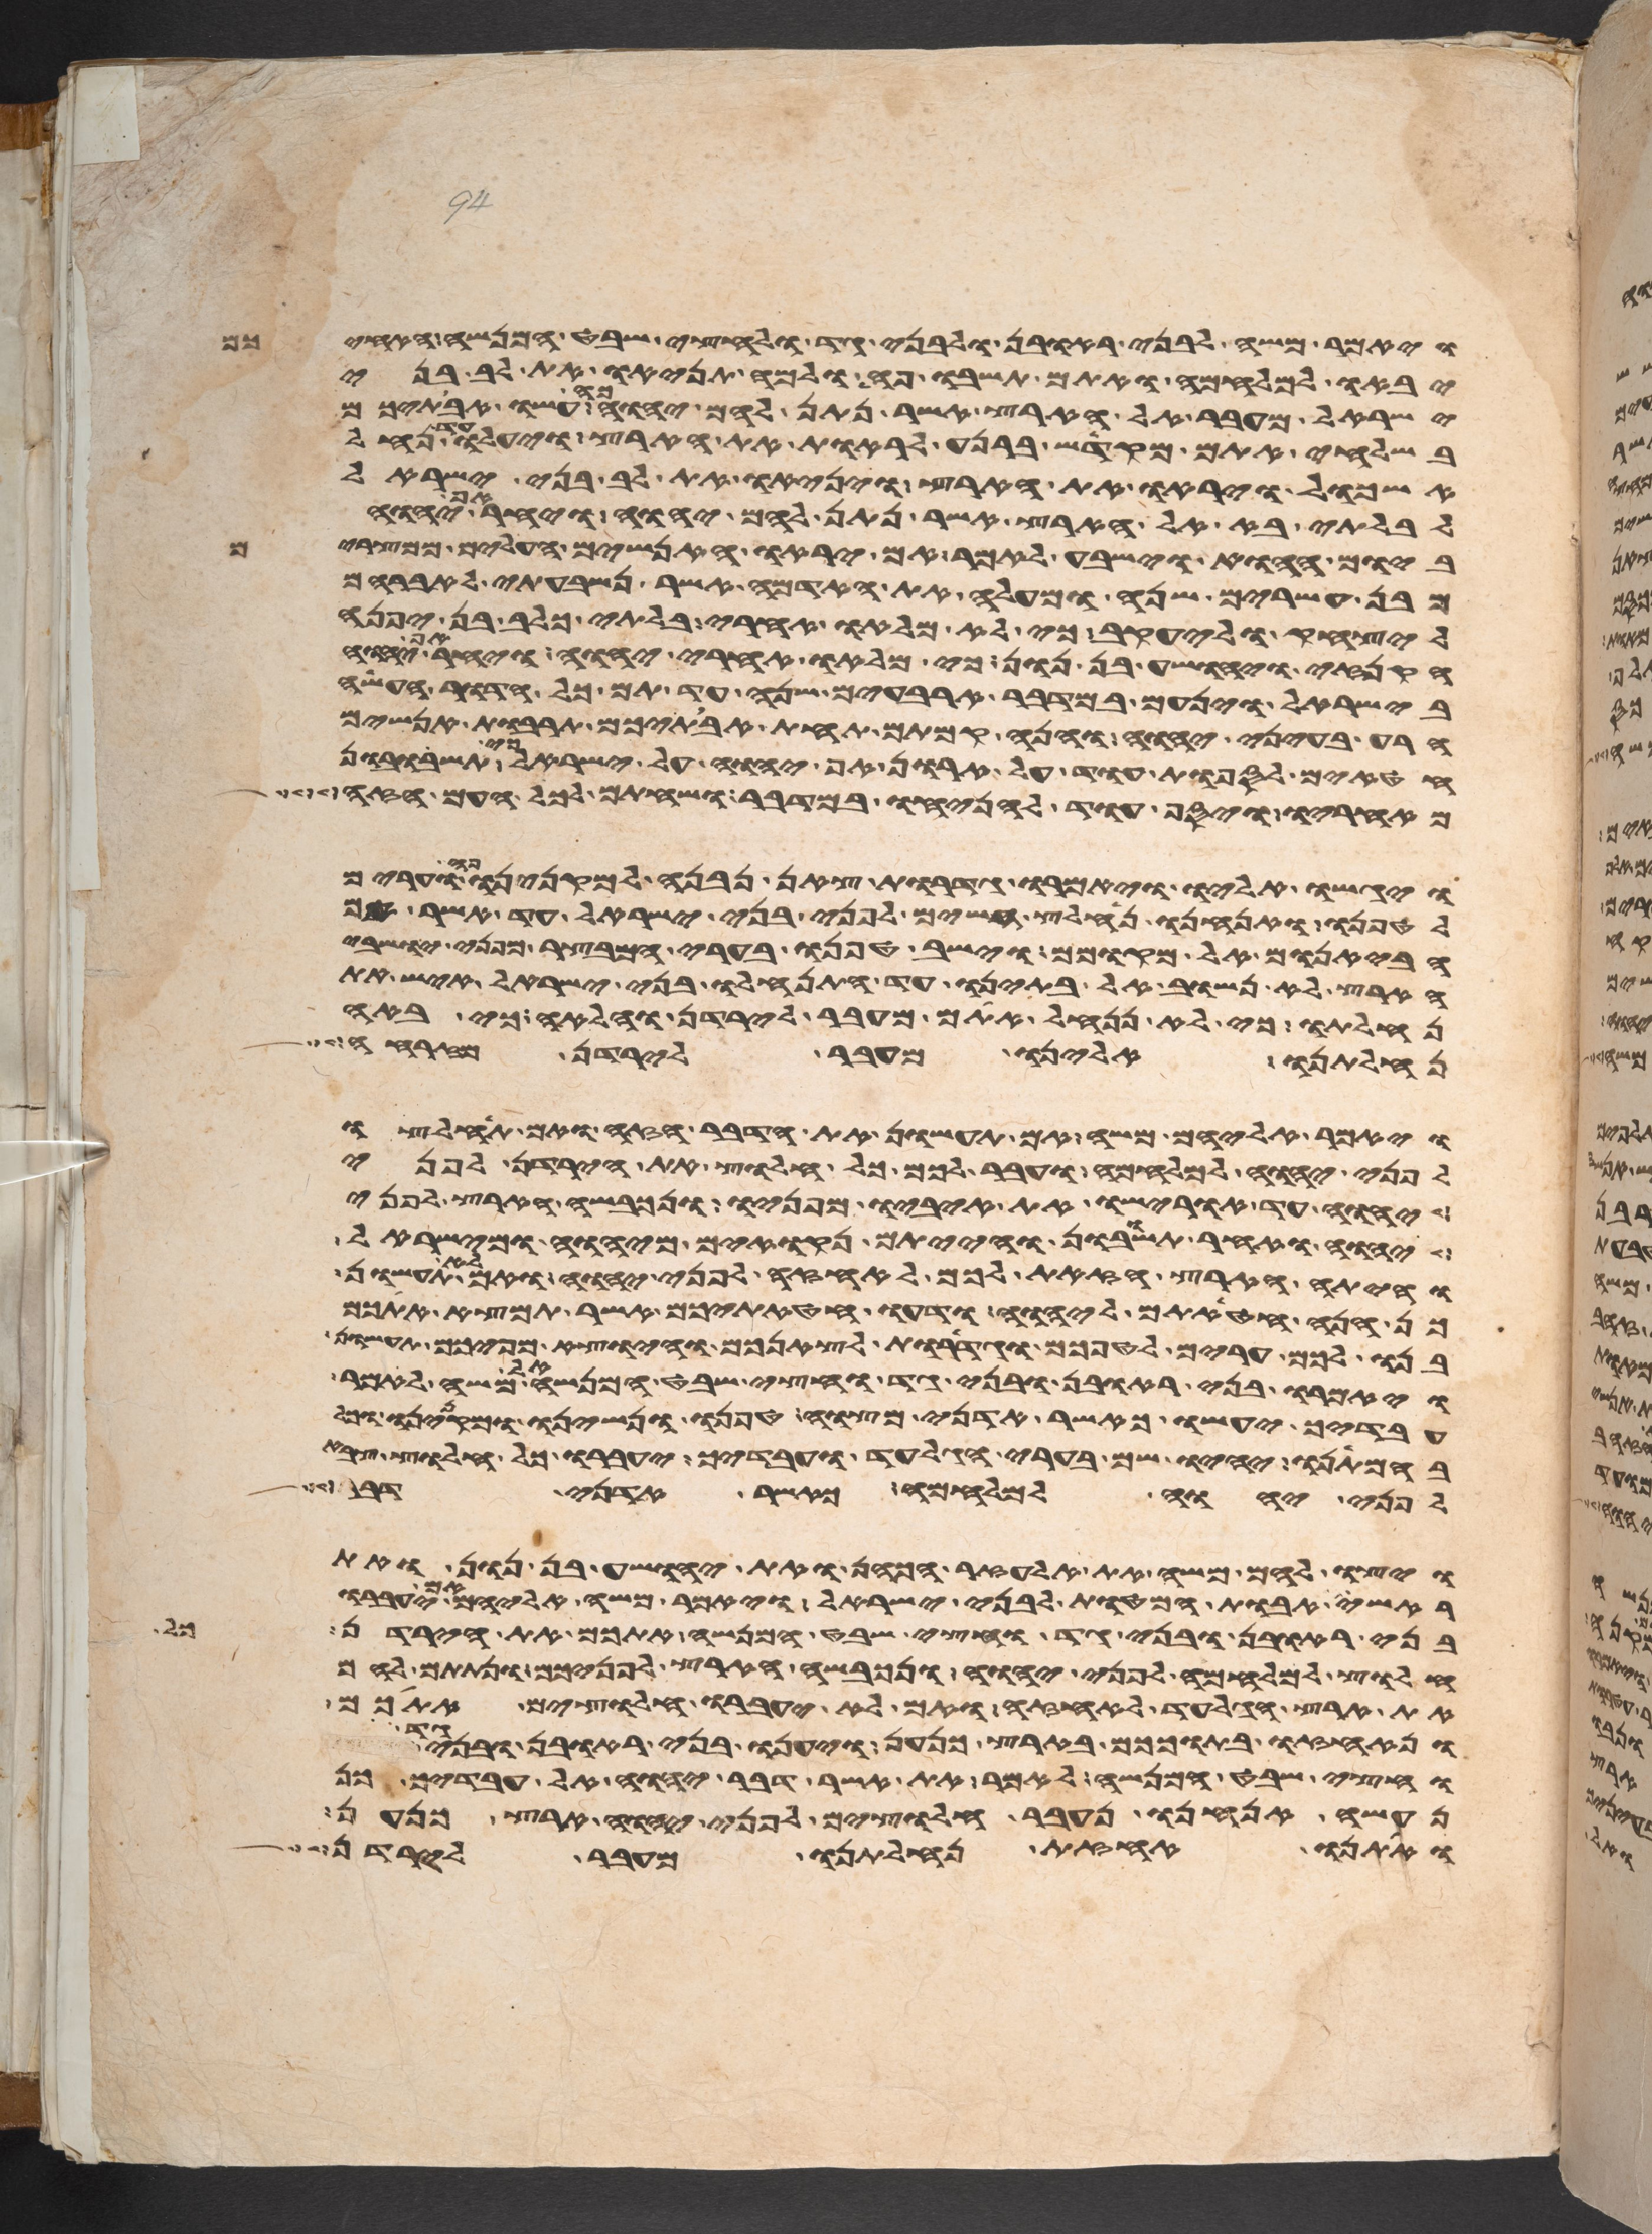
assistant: ויאמר משה לבני ראובן ולבני גד ולחצי שבט המנשה האחיכם
יבאו למלחמה ואתם תשבו פה ולמה תניאו את לב בני
ישראל מעבר אל הארץ אשר נתן להם יהוה כה עשו אבתיכם
בשלחי אתם מקדש ברנע לראות את הארץ ויעלו עד נחל
אשכול ויראו את הארץ ויניאו את לב בני ישראל
לבלתי בא אל הארץ אשר נתן להם יהוה ויחר אף יהוה
ביום ההוא וישבע לאמר אם יראו האנשים העלים ממצרים
מבן עשרים שנה ומעלה את האדמה אשר נשבעתי לאברהם
ליצחק וליעקב כי לא מלאו אחרי בלתי כלב בן יפנה
הקנזי ויהושע בן נון כי מלאו אחרי יהוה ויחר אף יהוה
בישראל וינעם במדבר ארבעים שנה עד תם כל הדור העשה
הרע בעיני יהוה והנה קמתם תחת אבתיכם תרבות אנשים
חטאים לספות עוד על חרון אף יהוה על ישראל כי תשובון
מאחריו ויסף עוד להניחו במדבר ושחתם לכל העם הזה
ויגשו אליו ויאמרו גדרות צאן נבנה למקנינו פה וערים
לטפנו ואנחנו נחלץ חשים לפני בני ישראל עד אשר אם
הבאנום אל מקומם וישב טפנו בערי המבצר מפני ישבי
הארץ לא נשוב אל בתינו עד התנחלו בני ישראל איש את
נחלתו כי לא ננחל אתם מעבר לירדן והלאה כי באה
נחלתנו אלינו מעבר לירדן מזרחה
ויאמר אליהם משה אם תעשון את הדבר הזה ואם תחלצו
לפני יהוה למלחמה ועבר לכם כל חלוץ את הירדן לפני
יהוה עד אורישו את איביו מפניו ונכבשה הארץ לפני
יהוה ואחר תשובון והייתם נקואים מיהוה ומישראל
והיתה הארץ הזאת לכם לאחזה לפני יהוה ואם לא תעשון
כן הנה חטאתם ליהוה ודעו חטאתיכם אשר תמצא אתכם
בנו לכם ערים לטפכם וגדרות לצאנכם והיוצא מפיכם תעשון
ויאמרו בני ראובן ובני גד וחצי שבט המנשה אל משה לאמר
עבדיך יעשו כאשר אדני מצוה טפנו ונשינו ומקנינו
בהמתנו יהיו שם בערי הגלעד ועבדיך יעברו כל חלוץ צבא
לפני יהוה למלחמה כאשר אדני דבר
ויצו להם משה את אלעזר הכהן ואת יהושע בן נון ואת
ראשי אבות המטות לבני ישראל ויאמר משה אליהם אם יעברו
בני ראובן ובני גד וחצי שבט המנשה אתכם את הירדן כל
חלוץ למלחמה לפני יהוה ונכבשה הארץ לפניכם ונתתם להם
את ארץ הגלעד לאחזה ואם לא יעברו חלוצים אתכם
ונאחזו בתוככם בארץ כנען ויענו בני ראובן ובני
וחצי שבט המנשה לאמר את אשר דבר יהוה אל עבדיך כן
נעשה אנחנו נעבר חלוצים לפני יהוה ארץ כנען
ואתנו אחזת נחלתנו מעבר לירדן